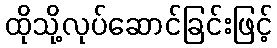
ထိုသို့လုပ်ဆောင်ခြင်းဖြင့်